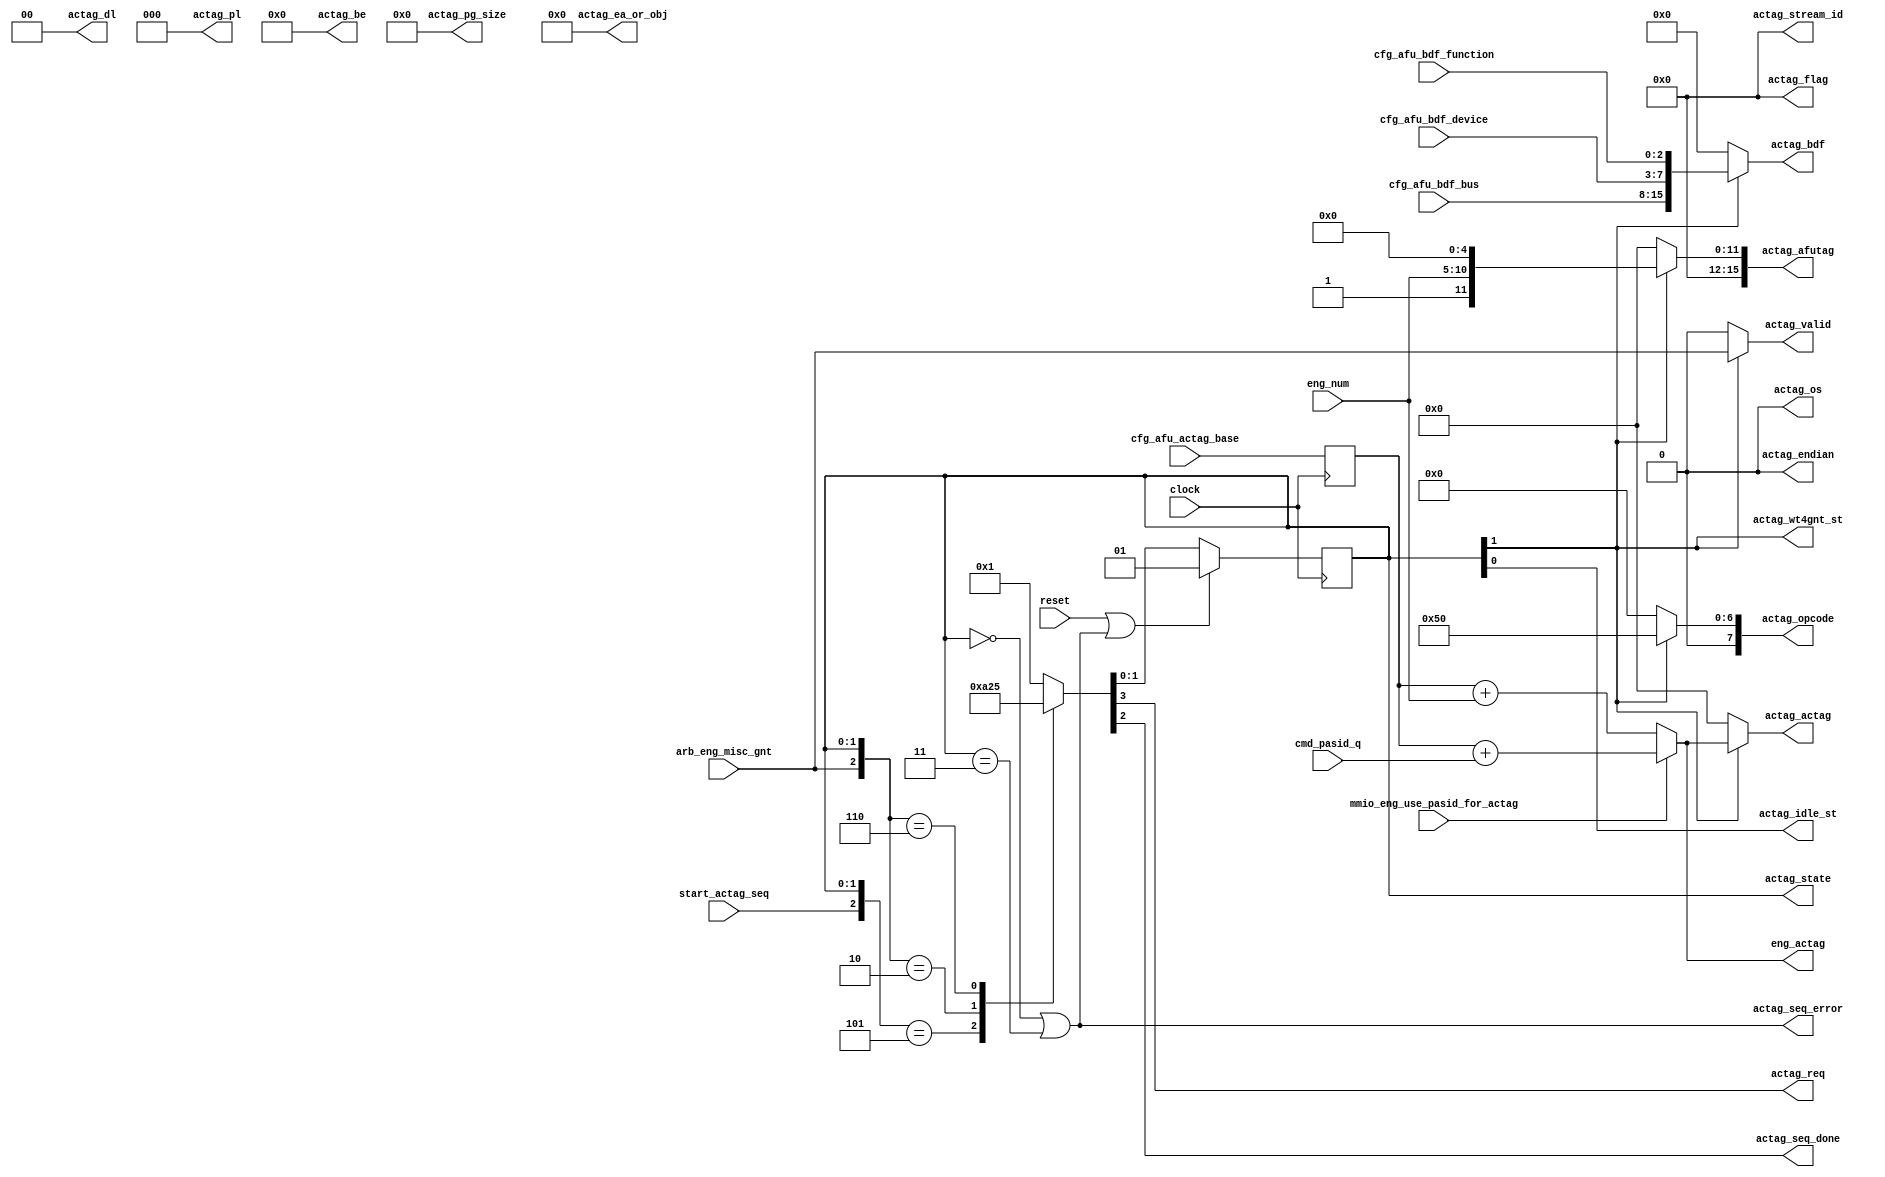
// *!***************************************************************************
// *! Copyright 2019 International Business Machines
// *!
// *! Licensed under the Apache License, Version 2.0 (the "License");
// *! you may not use this file except in compliance with the License.
// *! You may obtain a copy of the License at
// *! http://www.apache.org/licenses/LICENSE-2.0 
// *!
// *! The patent license granted to you in Section 3 of the License, as applied
// *! to the "Work," hereby includes implementations of the Work in physical form.  
// *!
// *! Unless required by applicable law or agreed to in writing, the reference design
// *! distributed under the License is distributed on an "AS IS" BASIS,
// *! WITHOUT WARRANTIES OR CONDITIONS OF ANY KIND, either express or implied.
// *! See the License for the specific language governing permissions and
// *! limitations under the License.
// *! 
// *! The background Specification upon which this is based is managed by and available from
// *! the OpenCAPI Consortium.  More information can be found at https://opencapi.org. 
// *!***************************************************************************
`timescale 1ns / 1ps

module afp3_eng_fsm_actag
  (
  // -- Clocks and Reset
    input                 clock                                           
  , input                 reset

  // -- Modes/Config & Misc Inputs
  , input                 mmio_eng_use_pasid_for_actag
  , input          [11:0] cfg_afu_actag_base

  , output         [11:0] eng_actag

//   -unused  , input                 immed_terminate_enable_q
//   -unused  , input                 eng_pe_terminate_q

  // -- Command Inputs
//    -unused  , input          [63:5] cmd_we_ea_q
  , input           [9:0] cmd_pasid_q
//    -unused  , input          [15:0] we_cmd_length_q
//    -unused  , input           [0:0] we_cmd_extra_q

  , input           [5:0] eng_num
  , input           [7:0] cfg_afu_bdf_bus 
  , input           [4:0] cfg_afu_bdf_device
  , input           [2:0] cfg_afu_bdf_function

  // -- Main Sequencer Control Inputs & Arbitration Interface
  , input                 start_actag_seq

  , output                actag_req
  , input                 arb_eng_misc_gnt

  // -- Main Sequencer Outputs
  , output                actag_seq_done
  , output                actag_seq_error

  , output          [1:0] actag_state
  , output                actag_idle_st
  , output                actag_wt4gnt_st

  , output reg            actag_valid
  , output reg      [7:0] actag_opcode
  , output reg     [11:0] actag_actag
  , output reg      [3:0] actag_stream_id 
  , output reg     [67:0] actag_ea_or_obj
  , output reg     [15:0] actag_afutag
  , output reg      [1:0] actag_dl
  , output reg      [2:0] actag_pl
  , output reg            actag_os
  , output reg     [63:0] actag_be
  , output reg      [3:0] actag_flag
  , output reg            actag_endian
  , output reg     [15:0] actag_bdf
//     , output reg     [19:0] actag_pasid
  , output reg      [5:0] actag_pg_size

  );


  // -- ********************************************************************************************************************************
  // -- Signal declarations
  // -- ********************************************************************************************************************************

  // -- Misc
  reg      [11:0] eng_actag_int;

  // -- Main Sequencer Signals
  wire      [3:0] actag_seq_sel;
  reg       [3:0] actag_seq;
  wire            actag_seq_err_int;

  wire            actag_idle_state;
  wire            actag_wt4gnt_state;


  // -- ********************************************************************************************************************************
  // -- Latch Signal declarations (including latch enable signals)
  // -- ********************************************************************************************************************************

  // -- Mode/Config
  wire     [11:0] cfg_afu_actag_base_d;
  reg      [11:0] cfg_afu_actag_base_q;

  // -- Sequencer latches
  wire      [1:0] actag_seq_d;
  reg       [1:0] actag_seq_q;


  // -- ********************************************************************************************************************************
  // -- Constant declarations 
  // -- ********************************************************************************************************************************

  // -- AFUTAG Encode
  localparam    [4:0] ACTAG_AFUTAG_ENCODE                      = 5'b00000;     // -- AFUTAG[4:0] for actag cmd                   ( AFUTAG[11] = b'1 )

  // -- TLX AP command encodes
  localparam    [7:0] AFU_TLX_CMD_ENCODE_ASSIGN_ACTAG          = 8'b01010000;  // -- Assign acTag


  // -- ********************************************************************************************************************************
  // -- Calculate ACTAG - Base from Config + internal offset 
  // -- ********************************************************************************************************************************

  // -- Latch actag base
  assign  cfg_afu_actag_base_d[11:0] =  cfg_afu_actag_base[11:0];

  // -- Calculate the actag using info from CNFG
  always @*
    begin
      if ( mmio_eng_use_pasid_for_actag )
        eng_actag_int[11:0] =  cfg_afu_actag_base_q[11:0] + { 2'b0, cmd_pasid_q[9:0] };
      else
        eng_actag_int[11:0] =  cfg_afu_actag_base_q[11:0] + { 6'b0, eng_num[5:0] } ;
    end // -- always @ *

   // -- Output for use by all other state machines
   assign  eng_actag[11:0]  = eng_actag_int[11:0];


  // -- ********************************************************************************************************************************
  // -- actag State Machine 
  // -- ********************************************************************************************************************************

  // -- Determine if the Current State of the Sequencer is invalid
  assign  actag_seq_err_int =  (( actag_seq_q[1:0] == 2'b00 ) || ( actag_seq_q[1:0] == 2'b11 ));

  // -- Current State Assignments (For Internal Usage)
  assign  actag_idle_state   =  actag_seq_q[0];  // -- State 0 - actag_idle_st     - Issue assign ACTag cmd request when leaving idle
  assign  actag_wt4gnt_state =  actag_seq_q[1];  // -- State 1 - actag_wt4gnt_st   - Wait for grant (latched) to present cmd on cycle after the grant 

  // -- Sequencer Inputs
  assign  actag_seq_sel[3:0] = { start_actag_seq, arb_eng_misc_gnt, actag_seq_q[1:0] };

  always @*
    begin

      casez ( actag_seq_sel[3:0] )  // -- NOTE:  For casez usage, all case "items" must be mutually exclusive to prevent inferred priority logic
        // --
        // --  Inputs & Current State        Outputs & Next State
        // --  ----------------------        --------------------
        // --  start_actag_seq               actag_req
        // --  |arb_eng_misc_gnt             |actag_seq_done
        // --  || actag_seq_q                || actag_seq_d
        // --  || |                          || |
        // --  32 10                         32 10
        // -----------------------------------------
            4'b0?_01 :  actag_seq[3:0] =  4'b00_01 ;  // --     Idle_ST -> Idle_ST   - Wait for Main Sequencer to start this sequencer
            4'b1?_01 :  actag_seq[3:0] =  4'b10_10 ;  // --     Idle_ST -> Wt4Gnt_ST - Issue request to send assign actag cmd
        // -----------------------------------------
            4'b?0_10 :  actag_seq[3:0] =  4'b00_10 ;  // --   Wt4Gnt_ST -> Wt4Gnt_ST - Wait for grant (latched) to send assign actag cmd
            4'b?1_10 :  actag_seq[3:0] =  4'b01_01 ;  // --   Wt4Gnt_ST -> Idle_ST   - Return to Idle
        // -----------------------------------------
            default  :  actag_seq[3:0] =  4'b00_01 ;  // --     default -> Idle_ST   - (Needed to make case "full" to prevent inferred latches)
        // -----------------------------------------
      endcase
    end // -- always @ *

  // -- Outputs
  assign  actag_req        =  actag_seq[3];
  assign  actag_seq_done   =  actag_seq[2];

  // -- State Outputs (For External Usage)
  assign  actag_state[1:0] =  actag_seq_q[1:0];
  assign  actag_idle_st    =  actag_idle_state;
  assign  actag_wt4gnt_st  =  actag_wt4gnt_state;

  // -- Error
  assign  actag_seq_error =  actag_seq_err_int;

  // -- Next State
  assign  actag_seq_d[1:0] = ( reset || actag_seq_err_int ) ? 2'b1 : actag_seq[1:0];


  // -- ********************************************************************************************************************************
  // -- Command Bus Out
  // -- ********************************************************************************************************************************

  // -- Form AC Tag command
  always @*
    begin
      if ( actag_wt4gnt_state )
        begin
          actag_valid           =     arb_eng_misc_gnt;
          actag_opcode[7:0]     =     AFU_TLX_CMD_ENCODE_ASSIGN_ACTAG[7:0];
          actag_actag[11:0]     =     eng_actag_int[11:0];
          actag_stream_id[3:0]  =     4'b0;
          actag_ea_or_obj[67:0] =    68'b0;
          actag_afutag[15:0]    =  {  2'b00, 3'b001, eng_num[5:0], ACTAG_AFUTAG_ENCODE[4:0] };
          actag_dl[1:0]         =     2'b00;
          actag_pl[2:0]         =     3'b000;
          actag_os              =     1'b0;
          actag_be[63:0]        =    64'b0;
          actag_flag[3:0]       =     4'b0;
          actag_endian          =     1'b0;
          actag_bdf[15:0]       =  { cfg_afu_bdf_bus[7:0], cfg_afu_bdf_device[4:0], cfg_afu_bdf_function[2:0] };
          //    actag_pasid[19:0]     =  { 10'b0, cmd_pasid_q[9:0] };
          actag_pg_size[5:0]    =     6'b0;
        end
      else
        begin
          actag_valid           =    1'b0;
          actag_opcode[7:0]     =    8'b0;
          actag_actag[11:0]     =   12'b0;
          actag_stream_id[3:0]  =    4'b0;
          actag_ea_or_obj[67:0] =   68'b0;
          actag_afutag[15:0]    =   16'b0;
          actag_dl[1:0]         =    2'b0;
          actag_pl[2:0]         =    3'b0;
          actag_os              =    1'b0;
          actag_be[63:0]        =   64'b0;
          actag_flag[3:0]       =    4'b0;
          actag_endian          =    1'b0;
          actag_bdf[15:0]       =   16'b0;
          //    actag_pasid[19:0]     =   20'b0;
          actag_pg_size[5:0]    =    6'b0;
        end

    end // -- always @ *


  // -- ********************************************************************************************************************************
  // -- Latch Assignments
  // -- ********************************************************************************************************************************

  always @ ( posedge clock )
    begin

      cfg_afu_actag_base_q[11:0]                  <= cfg_afu_actag_base_d[11:0];

      actag_seq_q[1:0]                            <= actag_seq_d[1:0];        

    end // -- always @ *

endmodule